Annual report of the Bengal Veterinary College and of the Civil Veterinary Department, Bengal, for the year 1919-20 - 1919-1920
Year: 1919
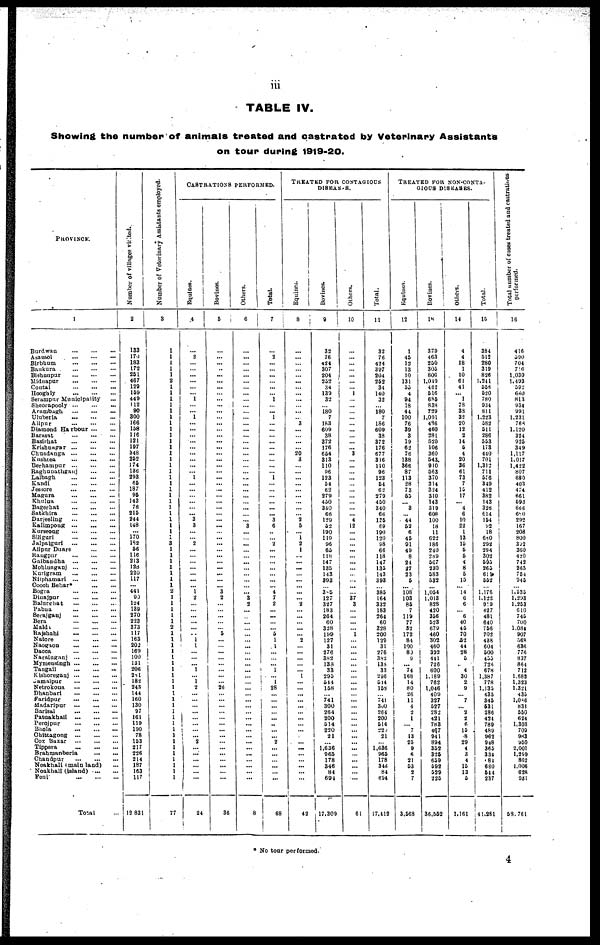
iii
TABLE IV.
Showing the number of animals treated and castrated by Veterinary Assistants
on tour during 1919-20.
PROVINCE.
1
Burdwan
...
...
...
Asansol
...
...
...
Birbhum
...
...
...
Bankura
...
...
...
Bishnupur
...
...
...
Midnapur
...
...
...
Contai
...
...
...
Hooghly
...
...
...
Serampur Municlpality ...
Sheorapooly ... ... ...
Arambagh
...
...
...
Uluberia
...
...
...
Alipur
...
...
...
Diamond Harbour
...
...
Barasat
...
...
...
Basirhat
...
...
...
KrUhnagar
...
...
...
Chuadanga
...
...
...
Kushiea
...
...
...
Berhampur
...
...
...
Raghunathganj
...
...
Lalbagh
...
...
...
Kandi
...
...
...
Jessore
...
...
...
Magura
...
...
...
Khulna
...
...
...
Bagerhat
...
...
...
Satkhira
...
...
...
Darjeeling
...
...
...
Kalimpong
...
...
...
Kurseong
...
...
...
Siliguri
...
...
...
Jalpaiguri
...
...
...
Alipur Duars
...
...
...
Rangpur
...
...
...
Gaibaudha
...
...
...
Mohiuaganj
...
...
...
Kurigram
...
...
...
Nilphamari
...
...
...
Cooch Behar*
...
...
Bogra
...
...
...
Dinajpur
...
...
...
Balurchat
...
...
...
Pabua
...
...
...
Serajganj
...
...
...
Bera
...
...
...
Maldi
...
...
...
Rajshahi
...
...
...
Natore
...
...
...
Naogaon
...
...
...
Dacca
...
...
...
Narainganj
...
...
...
Mymensingh
...
...
...
Tangail
...
...
...
Kishoreganj
...
...
...
Jamalpur
...
...
...
Netrokoua
...
...
...
Dhanbari
...
...
...
Faridpur
...
...
...
Madaripur
...
...
...
Barisal
...
...
...
Patuakhali
...
...
...
Perojpur
...
...
...
Bhola
...
...
...
Chittagong
...
...
...
Cos Bazar
Tippera
...
...
...
Brahmanberia
...
...
Chandpur
...
...
...
Noakhali (main land) ...
Noakhali (island)
...
...
Feni
...
...
...
Total ...
Number of villages vislted.
2
133
170
183
172
281
467
189
159
449
112
90
300
166
158
116
121
197
348
252
174
136
293
65
187
95
143
76
215
244
148
...
170
182
56
116
213
128
220
117
... 441
90
124
139
270
223
373
117
163
202
160
100
131
206
281
18-2
243
144
160
130
97
161
119
190
78
153
217
226
214
187
163
117
12 831
Number of Veterinary Assistants employed.
3
1
1
1
1
1
1
1
1
1
1
1
1
1
1
1
1
1
1
1
1
1
1
1
1
1
1
1
1
1
1
1
1
1
1
1
1
1
1
1
1
1
1
1
1
1
1
1
1
1
1
1
1
1
1
1
1
1
1
1
1
1
1
1
1
1
1
1
1
1
1 1
1
77
CASTRATIONS PERFORMED.
Equines.
4
...
2
...
... ...
...
...
... 1
...
... 1
...
...
... ...
...
...
...
...
... 1
...
...
...
...
...
... 3
3
...
... 2
...
...
...
...
... ...
... 1 2
...
... ...
... ...
... 1
1
...
... ... 1
... 1
2
...
...
...
... ...
...
... ...
2
...
... ...
...
... ...
24
Bovines.
5
...
...
...
...
...
...
...
...
... ...
...
... ...
...
...
...
...
...
...
...
... ...
...
... ...
...
...
...
... ...
...
...
...
...
...
... ...
... ...
... 3 2
...
...
...
... ... 5
...
...
...
...
...
...
...
... 26
...
...
...
...
...
...
...
...
...
...
...
... ...
...
...
36
Others.
6
...
...
...
...
...
...
...
...
...
...
...
...
...
...
...
...
...
...
...
...
...
...
...
...
...
...
...
...
...
.3
......
... ...
......
......
...
...
...
...
...
... 3
2
...
...
...
...
...
...
...
...
...
... ...
...
...
...
... ...
...
... ...
...
...
...
...
... ...
...
...
...
...
8
Total.
7
...
2
...
...
...
...
... ...
...
... ...
...
...
...
...
...
...
...
...
...
... 1
...
...
...
... ...
... 3
6
...
... 2
...
...
...
...
...
...
... 4
7
2
... ...
... ... 5
1
1
...
...
... 1
...
1
28
...
...... ...
...
...
...
...
... 2
...
...
...
... ...
...
68
TREATED FOR CONTAGIOUS
DISEASES.
Equines.
8
...
...
...
...
... ...
...
... ...
...
...
... 3
...
...
...
... 20
4
...
...
...
...
...
...
...
...
... 2
5
... 1
2
1
...
...
...
... ...
... ...
... 2
...
...
...
...
... 2
...
...
...
... ... 1
...
...
... ...
...
...
...
... ...
...
... ...
...
...
...
...
...
42
Bovines.
9
32
76
424
307
204
252
34
139
32
... 180
7
183
609
38
372
176
654
313
110
96
123
34
62
279
430
340
66
129
52
190
119
96
65
118
147
135
143
393
... 385
127
327
183
264
60
328
199
127
31
276
382
133
33
295
544
158
...
741
300
264
200
514
220
21
... 1,636
965
178
346
84
694
17,309
Others.
10
...
...
...
...
...
...
... 1
...
...
...
...
...
...
...
... ... 3
...
...
...
...
...
...
...
...
...
... 4
12
... ...
... ...
...
...
...
...
... ...
... 37
3
...
... ...
... 1
... ...
...
...
...
...
...
...
...
... ...
...
...
...
...
...
...
... ...
...
...
...
...
...
61
Total.
11
32
76
424
397
204
252
34
140
32
180
7
186
609
38
372
176
677
316
110
96
123
54
62
279
450
340
66
135
69
190
120
88
66
118
147
133
143
393
... 385
164
332
183
264
60
328
200
129
31
276
382
138
33
296
514
153
... 741
300
264
200
514
220
21
... 1,636
965
178
348
84
694
17,412
TREATED FOR NON-CONTA-
GIOUS
DISEASES.
Equines.
12
1
45
12
13
10
131
33
4
94
18
44
100
76
39
3
19
62
76
138
366
87
113
28
73
53
3
44
52
6
45
91
49
8
24
27
23
5
... 108
103
85
7
119
77
32
172
84
100
80 9
...
74 168
14
80
26
11
4
2
1
... 7
13
23
9
6
21
53
2
7
3,568
Bovines.
18
37.9
463
250
303
806
1,019
462
516
685
838
729
1,091
436
460
281
520
106
360
543.
910
563
370
314
324
310
143
319
608
100
18
11
622
186
240
289
567
230
583
532
... 1,054
1,013
828
420
336
523
679
460
302
460
392
441
726
600
1,189
762
1,046
409
327
527
282
421
783
46.7
941
894
352
325
659
592
529
225
36,552
Others.
14
4
4
18
1
10
61
41
1
78
33
32
20
12
2
14
5
4
20
36
61
73
7
15
17
4
6
10
22
1
13
15
5
5
4
8
5
15
... 14
6
6
... 6
40
45
70
52
44
28
5
... 4
30
2
9
... 7
... 2
2
6
15
8
29
4
3
4
15
13
5
1,161
Total.
15
384
312
280
319
826
1,241
558
520
780
934
811
1,223
582
511
286
553
173
440
701
1,312
711
556
349
412
382
143
326
614
154
92
18
680
292
294
302
595
265
611
552
... 1,176
1,122
919
427
481
640
756
702
438
604
500
433
726
678
1,387
778
1,133
435
345
531
286
424
789
489
962
948
365
334
84
660
514
237
41,261
Total number of cases treated and castrations
performed.
16
416
590
704
756
1,030
1,493
592
660
813
934
991
1,231
768
1,120
324
925
349
1,117
1,017
1,422
807
680
403
474
661
590
666
680
292
167
208
800
392
360
420
742
263
754
945
... 1,535
1,293
1,253
610
745
700
1,084
907
568
636
776
837
864
712
1,683
1,323
1,321
433
1,088
831
550
624
1,303
703
983
950
2,001
1,299
862
1,006
628
931
58,761
* No tour performed.
4